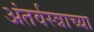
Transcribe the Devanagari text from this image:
अंतर्वस्त्राच्या